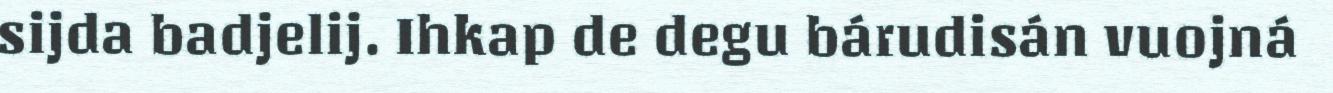
sijda badjelij. Ihkap de degu bárudisán vuojná